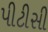
પીટીસી